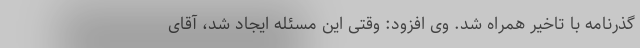
گذرنامه با تاخیر همراه شد. وی افزود: وقتی این مسئله ایجاد شد، آقای